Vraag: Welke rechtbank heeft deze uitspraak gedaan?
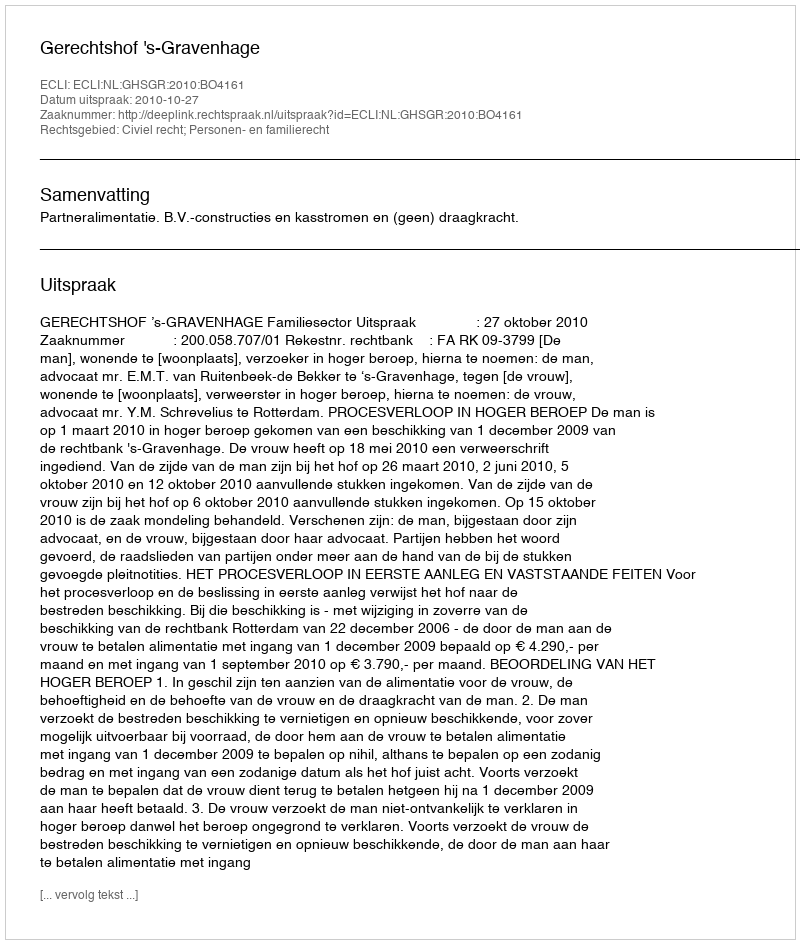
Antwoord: Gerechtshof 's-Gravenhage